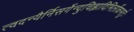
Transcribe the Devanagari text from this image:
त्वदन्यैर्निसर्गेन्दुचिह्नादिभिर्लोकभर्तुः